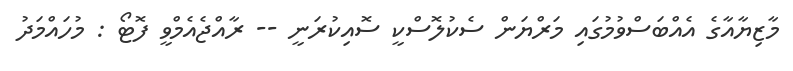
މާޒިޔާއާގެ އެއްބަސްވުމުގައި މަރްޔަން ސެކުލޮސްކީ ސޮއިކުރަނީ -- ރާއްޖެއެމްވީ ފޮޓޯ : މުހައްމަދު